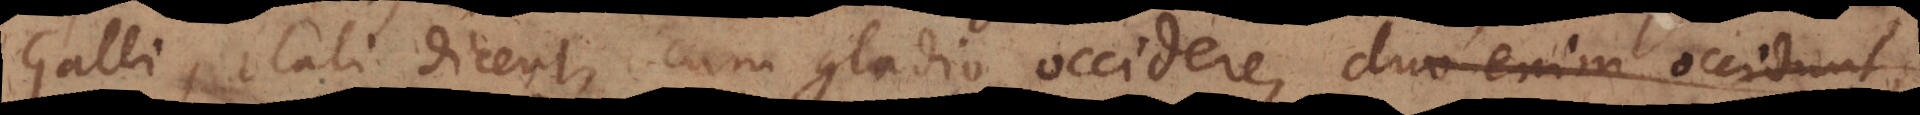
Galli, Itali dicent, cum gladio occidere, duo enim occidunt,